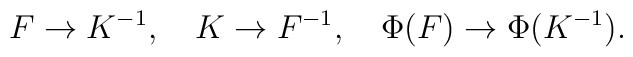
F\to K^{-1},\ \ \ K\to F^{-1},\ \ \ \Phi(F)\to \Phi(K^{-1}).